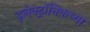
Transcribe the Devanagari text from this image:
इलेक्ट्रॉनिकच्या